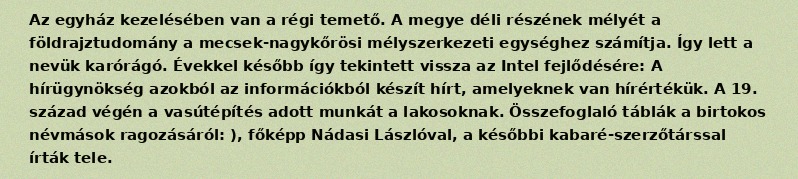
Az egyház kezelésében van a régi temető. A megye déli részének mélyét a földrajztudomány a mecsek-nagykőrösi mélyszerkezeti egységhez számítja. Így lett a nevük karórágó. Évekkel később így tekintett vissza az Intel fejlődésére: A hírügynökség azokból az információkból készít hírt, amelyeknek van hírértékük. A 19. század végén a vasútépítés adott munkát a lakosoknak. Összefoglaló táblák a birtokos névmások ragozásáról: ), főképp Nádasi Lászlóval, a későbbi kabaré-szerzőtárssal írták tele.